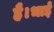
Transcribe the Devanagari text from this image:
है।भाई